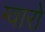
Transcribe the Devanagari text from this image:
ग्वारो